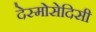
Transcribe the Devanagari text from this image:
देस्मोसेदिसी